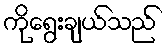
ကိုရွေးချယ်သည်